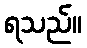
ရသည်။